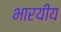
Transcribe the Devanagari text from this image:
भारयीय